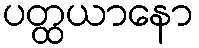
ပတ္ထယာနော